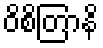
ဝိစိတြာနိ